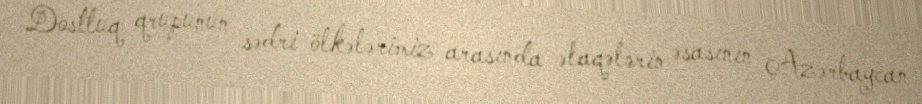
Dostluq qrupunun sədri ölkələrimiz arasında əlaqələrin əsasının Azərbaycan